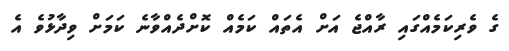
ގެ ވެރިކަމެއްގައި ރާއްޖެ އަށް އެތައް ކަމެއް ކޮށްދެއްވާނެ ކަމަށް ވިދާޅުވެ އެ